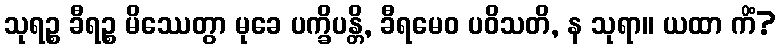
သုရဉ္စ ခီရဉ္စ မိဿေတွာ မုခေ ပက္ခိပန္တိ, ခီရမေဝ ပဝိသတိ, န သုရာ။ ယထာ ကိံ?